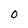
Character: 0